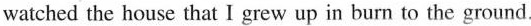
watched the house that I grew up in burn to the ground.